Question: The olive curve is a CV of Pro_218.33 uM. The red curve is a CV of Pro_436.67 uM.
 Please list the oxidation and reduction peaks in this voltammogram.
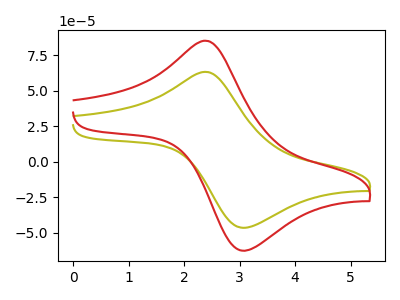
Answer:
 <answer>The olive curve "Pro_218.33 uM" has an anodic peak at (2.40V, 63.15uA) and a cathodic peak at (3.05V, -46.30uA). The red curve "Pro_436.67 uM" has an anodic peak at (2.40V, 85.05uA) and a cathodic peak at (3.05V, -62.35uA).</answer>
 <eval></eval>